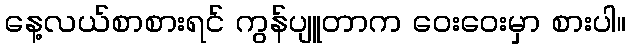
နေ့လယ်စာစားရင် ကွန်ပျူတာက ဝေးဝေးမှာ စားပါ။